Children and Young Persons (Scotland) Act, 1932. Care and training of juveniles, 1932
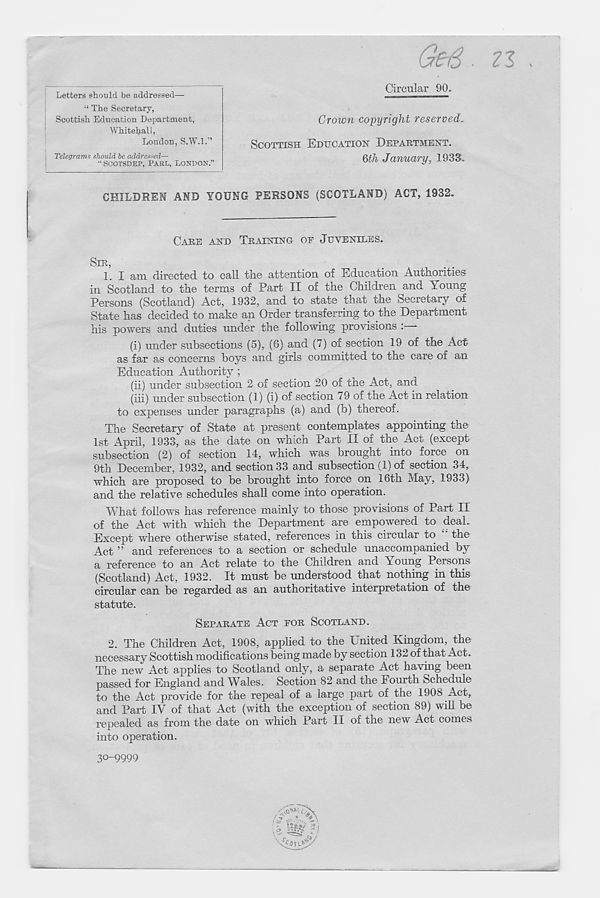
Circular 90.
Letters should be addressed—
“ The Secretary,
Scottish Education Department,
Whitehall,
London, S.W.l.”
Telegrams should be addressed—
SCOTSDEP, PAUL, LONDON.”
Crown copyright reserved.
SCOTTISH EDUCATION DEPARTMENT.
&h January, 1933.
CHILDREN AND YOUNG PERSONS (SCOTLAND) ACT, 1932.
CARE AND TRAINING OE JUVENILES.
SIR,
1. I am. directed to call the attention of Education Authorities
in Scotland to the terms of Part II of the Children and Young
Persons (Scotland) Act, 1932, and to state that the Secretary of
State has decided to make an Order transferring to the Department
his powers and duties under the following provisions :
(i) under subsections (5), (6) and (7) of section 19 of the Act-
as far as concerns boys and girls committed to the care of an
Education Authority ;
(ii) under subsection 2 of section 20 of the Act, and
(iii) under subsection (1) (i) of section 79 of the Act in relation
to expenses under paragraphs (a) and (b) thereof.
The Secretary of State at present contemplates appointing the
1st April, 1933, as the date on which Part II of the Act (except
subsection (2) of section 14, which was brought into force on
9th December, 1932, and section 33 and subsection (1) of section 34,
which are proposed to be brought into force on 16th May, 1933)
and the relative schedules shall come into operation.
What follows has reference mainly to those provisions of Part II
of the Act with which the Department are empowered to deal.
Except where otherwise stated, references in this circular to the
Act ” and references to a section or schedule unaccompanied by
a reference to an Act relate to the Children and Young Persons
(Scotland) Act, 1932. It must be understood that nothing in this
circular can be regarded as an authoritative interpretation of the
statute.
SEPARATE ACT FOR SCOTLAND.
2. The Children Act, 1908, applied to the United Kingdom, the
necessary Scottish modifications being made by section 132 of that Act.
The new Act applies to Scotland only, a separate Act having been
passed for England and Wales. Section 82 and the Fourth Schedule
to the Act provide for the repeal of a large part of the 1908 Act,
and Part IV of that Act (with the exception of section 89) will be
repealed as from the date on which Part II of the new Act comes
into operation.
30-9999
/ 4.... V\
8j